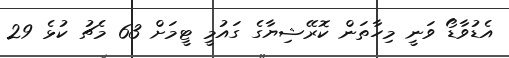
އެޑުވާޑޯ ވަނީ މިހާތަން ކޮރޭޝިޔާގެ ގައުމީ ޓީމަށް 63 މެޗު ކުޅެ 29